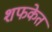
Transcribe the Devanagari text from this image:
शफकेत